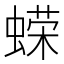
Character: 蝾